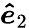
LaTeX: \boldsymbol{\hat{e}}_{2}